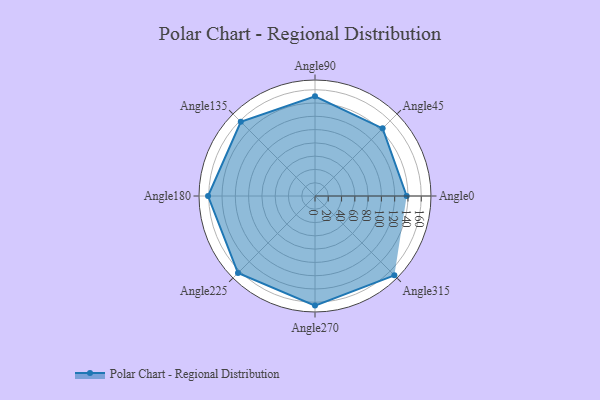
{"axis": {"x": "Angle", "y": "Radius"}, "legend": [""], "data": [{"x": "Angle0", "y": 138.0, "type": ""}, {"x": "Angle45", "y": 144.0, "type": ""}, {"x": "Angle90", "y": 150.0, "type": ""}, {"x": "Angle135", "y": 158.0, "type": ""}, {"x": "Angle180", "y": 161.0, "type": ""}, {"x": "Angle225", "y": 164.0, "type": ""}, {"x": "Angle270", "y": 165.0, "type": ""}, {"x": "Angle315", "y": 169.0, "type": ""}]}